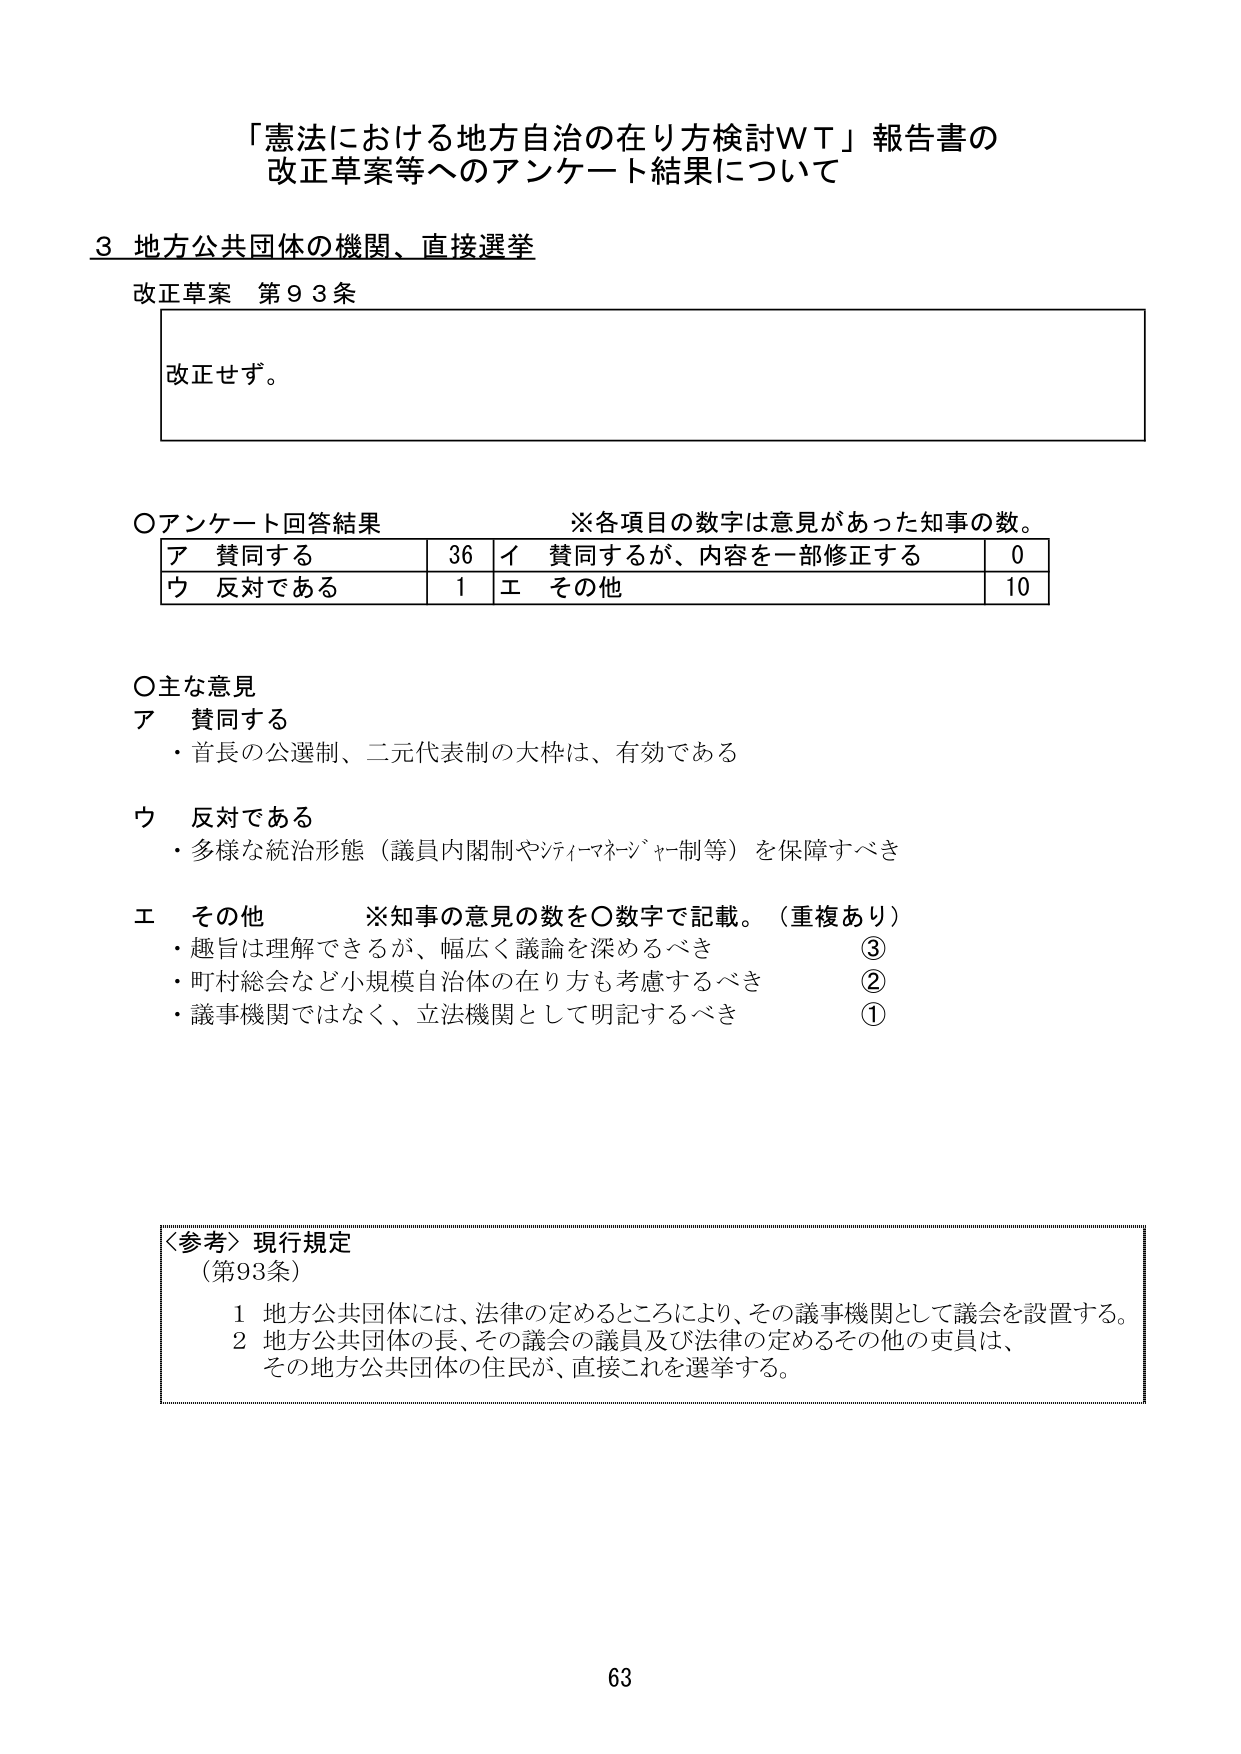
「憲法における地方自治の在り方検討ＷＴ」報告書の
改正草案等へのアンケート結果について

３ 地方公共団体の機関、直接選挙

改正草案 第９３条
改正せず。

○アンケート回答結果　　　　　　　※各項目の数字は意見があった知事の数。
ア 賛同する　　　　　　　36　イ 賛同するが、内容を一部修正する　　　0
ウ 反対である　　　　　　　1　エ その他　　　　　　　　　　　　　　　10

○主な意見
ア 賛同する
・首長の公選制、二元代表制の大枠は、有効である

ウ 反対である
・多様な統治形態（議員内閣制やシティマネージャー制等）を保障すべき

エ その他　　　　　※知事の意見の数を○数字で記載。（重複あり）
・趣旨は理解できるが、幅広く議論を深めるべき　　　　　　　　　　　③
・町村総会など小規模自治体の在り方も考慮するべき　　　　　　　　　②
・議事機関ではなく、立法機関として明記するべき　　　　　　　　　　①

〈参考〉現行規定
（第93条）
　１ 地方公共団体には、法律の定めるところにより、その議事機関として議会を設置する。
　２ 地方公共団体の長、その議会の議員及び法律の定めるその他の吏員は、
　　その地方公共団体の住民が、直接これを選挙する。

63